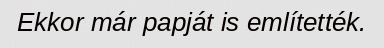
Ekkor már papját is említették.